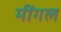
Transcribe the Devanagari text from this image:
मींगल